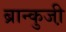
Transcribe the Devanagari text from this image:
ब्रान्कुजी़